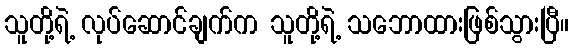
သူတို့ရဲ့ လုပ်ဆောင်ချက်က သူတို့ရဲ့ သဘောထားဖြစ်သွားပြီ။